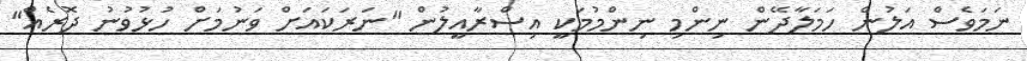
ނަމަވެސް އަލުން ހަމަލާދޭން ނިންމި ނިންމުމަކީ އިސްރާއީލުން "ނަރަކައަށް ވަނުމަށް ހުޅުވުނު ދޮރެއް"